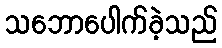
သဘောပေါက်ခဲ့သည်